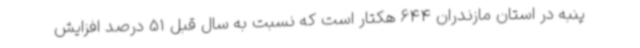
پنبه در استان مازندران 644 هکتار است که نسبت به سال قبل 51 درصد افزایش